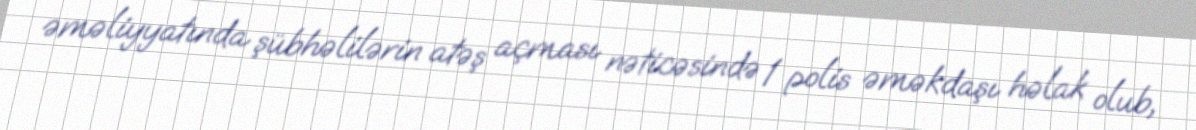
əməliyyatında şübhəlilərin atəş açması nəticəsində 1 polis əməkdaşı həlak olub,